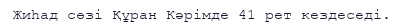
Жиһад сөзі Құран Кәрімде 41 рет кездеседі.